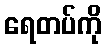
ရေတပ်ကို